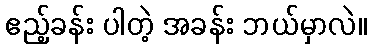
ဧည့်ခန်း ပါတဲ့ အခန်း ဘယ်မှာလဲ။